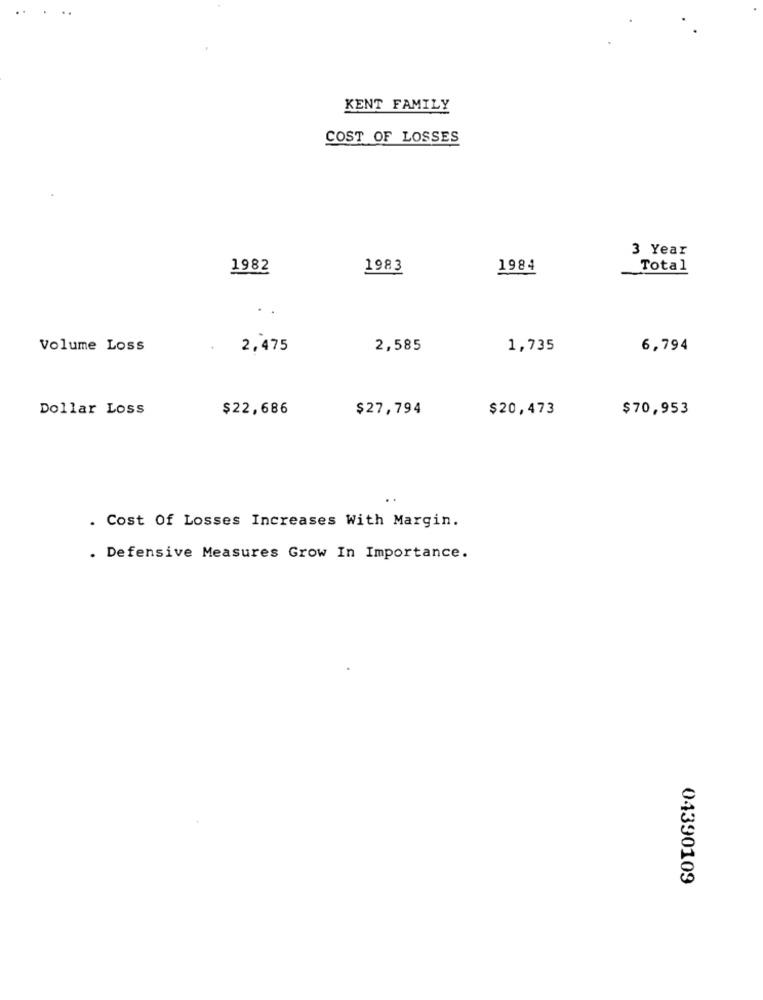
KENT FAMILY
COST OF LOSSES
3 Year
1982
1983
1984
Total
Volume Loss
2,475
2,585
1,735
6,794
Dollar Loss
$22,686
$27,794
$20,473
$70,953
. Cost Of Losses Increases With Margin.
. Defensive Measures Grow In Importance.
04390109